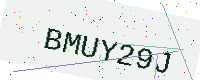
Text: BMUY29J